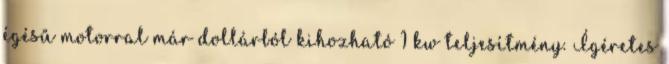
égésű motorral már dollárból kihozható 1 kw teljesítmény. Ígéretes